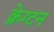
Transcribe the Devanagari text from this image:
क्रेग्टन